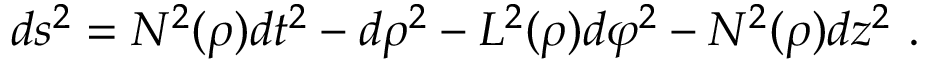
d s ^ { 2 } = N ^ { 2 } ( \rho ) d t ^ { 2 } - d \rho ^ { 2 } - L ^ { 2 } ( \rho ) d \varphi ^ { 2 } - N ^ { 2 } ( \rho ) d z ^ { 2 } \ .